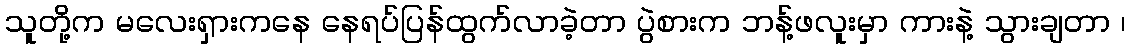
သူတို့က မလေးရှားကနေ နေရပ်ပြန်ထွက်လာခဲ့တာ ပွဲစားက ဘန့်ဖလူးမှာ ကားနဲ့ သွားချတာ ၊